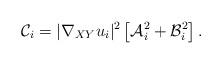
LaTeX: \begin{align*}\mathcal C_i = |\nabla_{XY} u_i|^{2} \left[\mathcal A^2_i + \mathcal B^2_i \right]. \end{align*}